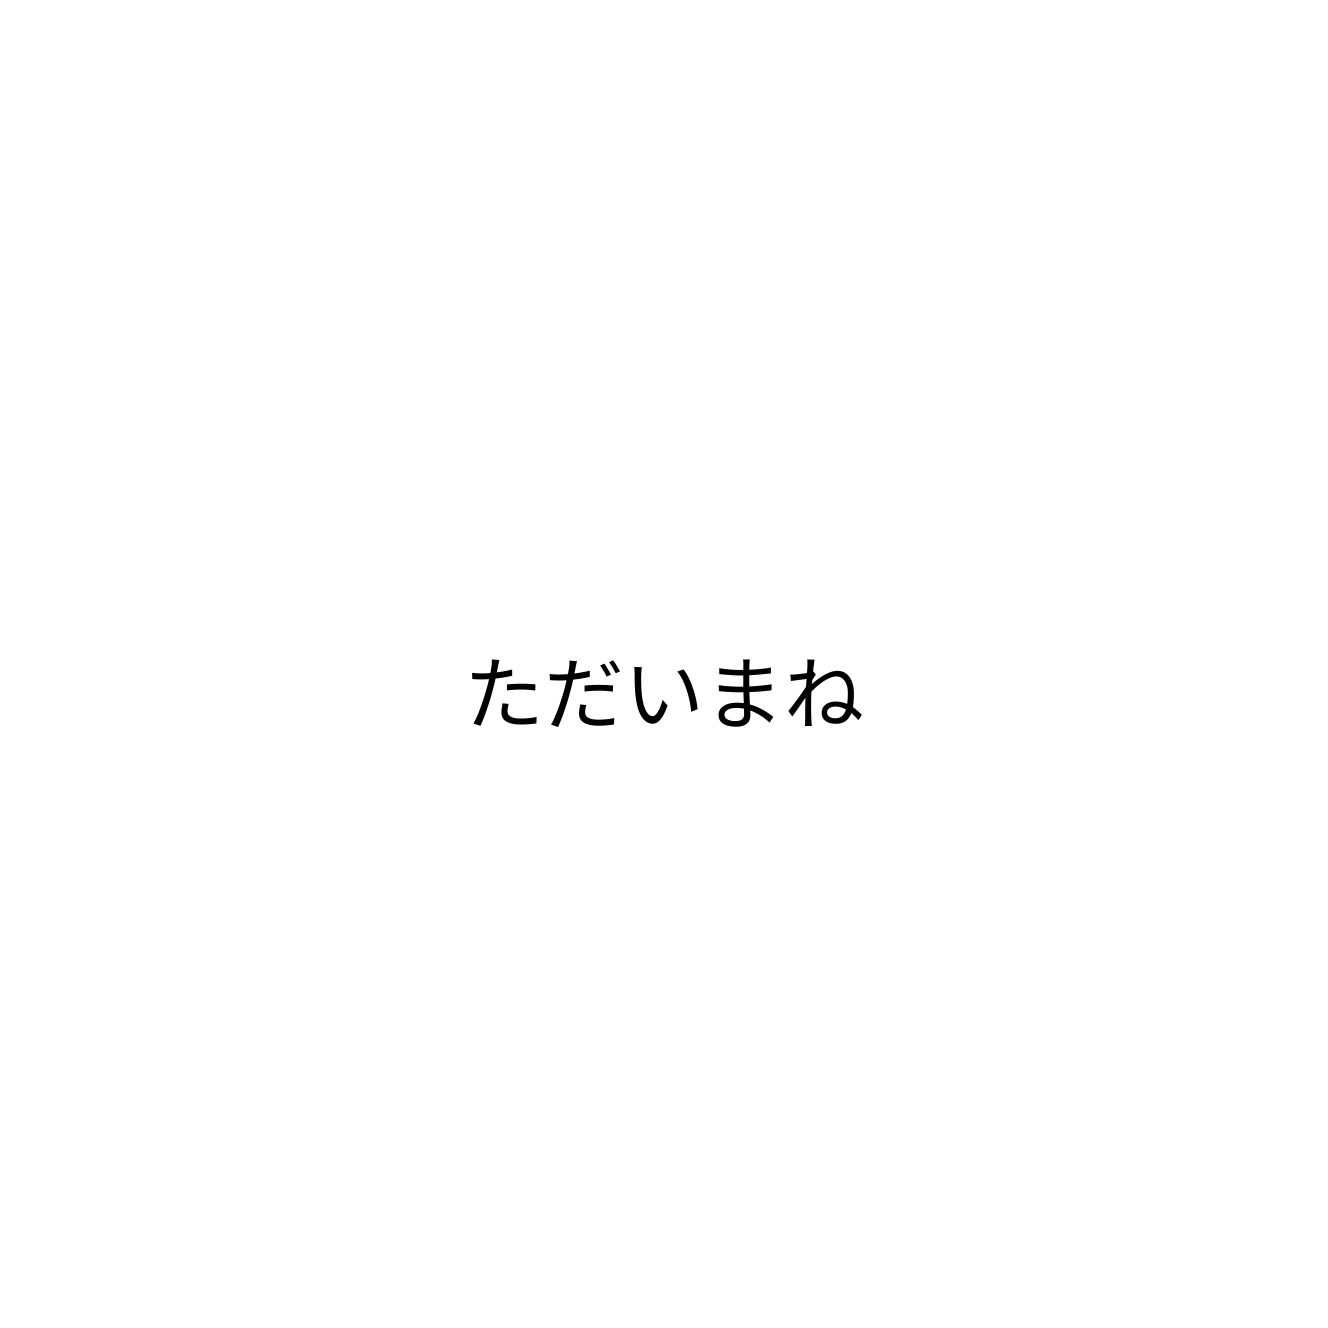
ただいまね